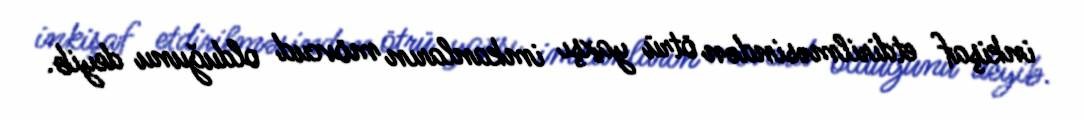
inkişaf etdirilməsindən ötrü yaxşı imkanların mövcud olduğunu deyib.